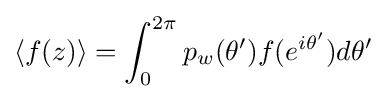
\langle f(z)\rangle =\int _{0}^{2\pi }p_{w}(\theta ')f(e^{i\theta '})d\theta '